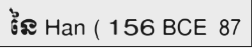
នៃ Han (156 BCE  87